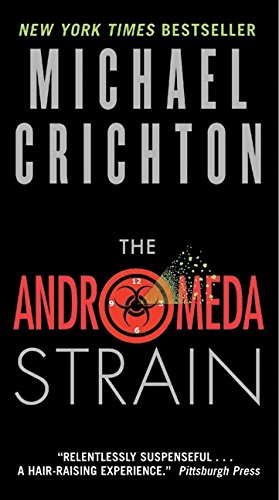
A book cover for The Andromeda Strain; Michael Crichton; Science Fiction & Fantasy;